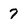
Character: 7